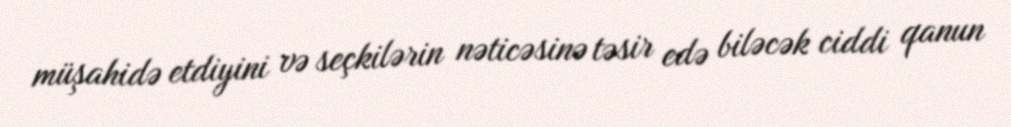
müşahidə etdiyini və seçkilərin nəticəsinə təsir edə biləcək ciddi qanun